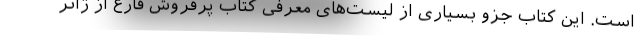
است. این کتاب جزو بسیاری از لیست‌های معرفی کتاب پرفروش فارغ از ژانر